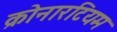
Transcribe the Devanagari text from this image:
क्रोनारटियम